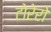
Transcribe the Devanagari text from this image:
टोरेरो